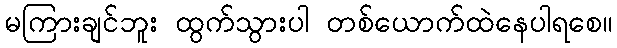
မကြားချင်ဘူး ထွက်သွားပါ တစ်ယောက်ထဲနေပါရစေ။